Problem: 43 + 32 = ?
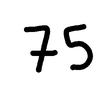
Handwritten answer: 75